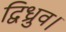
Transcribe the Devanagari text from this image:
द्विध्रुव।